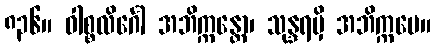
၈၃၆။ ဝါစ္စလိင်္ဂေါ အဘိက္ကန္တော၊ သုန္ဒရမှိ အဘိက္ကမေ။